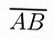
\overline{AB}